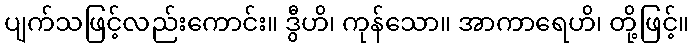
ပျက်သဖြင့်လည်းကောင်း။ ဒွီဟိ၊ ကုန်သော။ အာကာရေဟိ၊ တို့ဖြင့်။